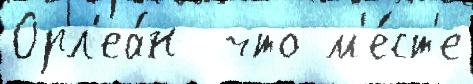
Орл'еа́н  что м'е́ст'е